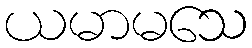
ယမာမသေ